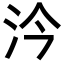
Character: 汵